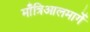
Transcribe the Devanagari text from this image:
माँत्रिआलमार्गे